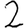
Digit: 2